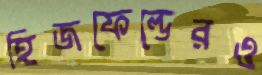
হিজফেল্ডেরও